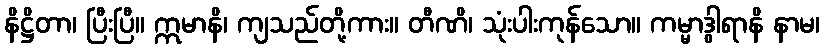
နိဋ္ဌိတာ၊ ပြီးပြီ။ ဣမာနိ၊ ကျသည်တို့ကား။ တီဏိ၊ သုံးပါးကုန်သော။ ကမ္မာဒွါရာနိ နာမ၊